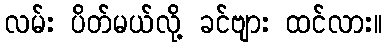
လမ်း ပိတ်မယ်လို့ ခင်ဗျား ထင်လား။